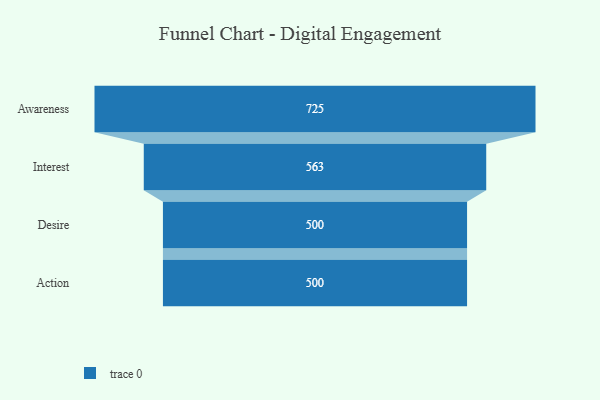
{"axis": {"x": "Stage", "y": "Value"}, "legend": [""], "data": [{"x": "Awareness", "y": 725.0, "type": ""}, {"x": "Interest", "y": 563.0, "type": ""}, {"x": "Desire", "y": 500, "type": ""}, {"x": "Action", "y": 500, "type": ""}]}